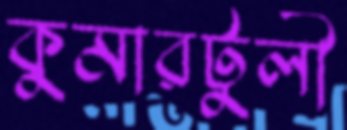
কুমারটুলী